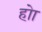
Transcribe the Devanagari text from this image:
होा